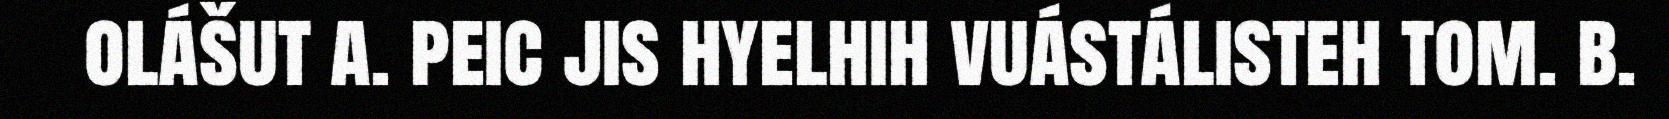
olášut a. peic jis hyelhih vuástálisteh tom. b.